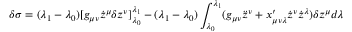
\delta \sigma = ( \lambda _ { 1 } - \lambda _ { 0 } ) [ g _ { \mu \nu } \dot { z } ^ { \mu } \delta z ^ { \nu } ] _ { \lambda _ { 0 } } ^ { \lambda _ { 1 } } - ( \lambda _ { 1 } - \lambda _ { 0 } ) \int _ { \lambda _ { 0 } } ^ { \lambda _ { 1 } } ( g _ { \mu \nu } \ddot { z } ^ { \nu } + x _ { \mu \nu \lambda } ^ { \prime } \dot { z } ^ { \nu } \dot { z } ^ { \lambda } ) \delta z ^ { \mu } d \lambda